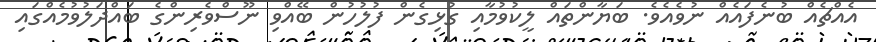
އެއްޗެއް ބުނެފައެއް ނުވެއެވެ. ބަޔާންތައް ލީކުވުމާއި ގުޅިގެން ފުލުހުން ބޭއްވި ނޫސްވެރިންގެ ބައްދަލުވުމެއްގައި